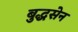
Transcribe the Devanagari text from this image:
बुद्धसेन